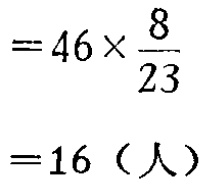
\[

\begin{align*}

&=46\times\frac{8}{23}\\

&=16（人）

\end{align*}

\]